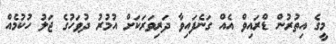
މީގެ އިތުރުން ޑްރައިވް އެއް ގަނެފައިވާ ދަރިވަރަކަށް އުމުރު ދުވަހުގެ ޖަލު ހުކުމެއް